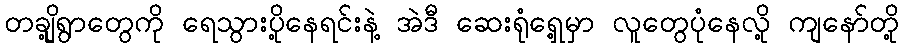
တချို့ရွာတွေကို ရေသွားပို့နေရင်းနဲ့ အဲဒီ ဆေးရုံရှေ့မှာ လူတွေပုံနေလို့ ကျနော်တို့